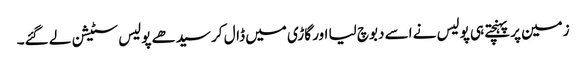
زمین پر پہنچتے ہی پولیس نے اسے دبوچ لیا اور گاڑی میں ڈال کر سیدھے پولیس سٹیشن لے گئے۔